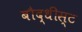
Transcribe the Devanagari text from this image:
बौद्धीस्ट